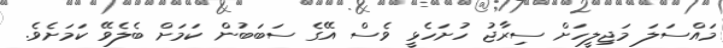
މައްސަލަ މަޖިލީހަށް ސިރާޖު ހުށަހެޅީ ވެސް އޭގެ ސަބަބުން ކަަމަށް ބެލެވޭ ކަަމަށެވެ.